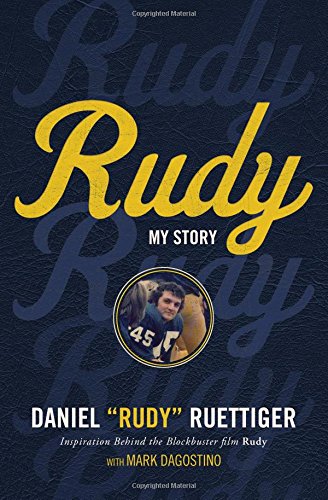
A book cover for Rudy: My Story; Rudy Ruettiger; Biographies & Memoirs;